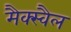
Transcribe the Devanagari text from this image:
मैक्स्वैल